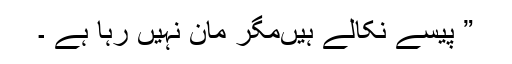
” پیسے نکالے ہیںمگر مان نہیں رہا ہے ۔